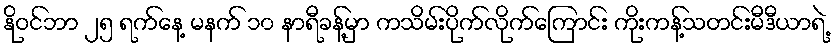
နိုဝင်ဘာ ၂၅ ရက်နေ့ မနက် ၁၀ နာရီခန့်မှာ ကသိမ်းပိုက်လိုက်ကြောင်း ကိုးကန့်သတင်းမီဒီယာရဲ့